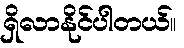
ရှိလာနိုင်ပါတယ်။